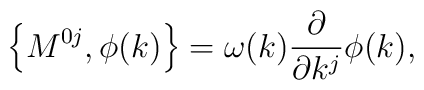
\left\{ M^{0j},\phi (k)\right\} =\omega (k)\frac \partial {\partial k^j}\phi(k),